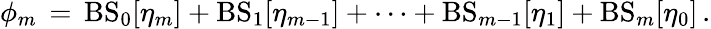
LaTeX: \phi_{m}\, =\, \mathrm{BS}_{0}[\eta_{m}]+\mathrm{BS}_{1}[\eta_{m-1}]+\dots+\mathrm{BS}_{m-1}[\eta_{1}]+\mathrm{BS}_{m}[\eta_{0}]\, .